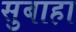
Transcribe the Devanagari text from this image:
सुबाहा